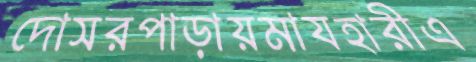
দোসরপাড়ায়মাযহারীএ